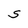
Character: S